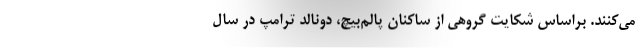
می‌کنند. براساس شکایت گروهی از ساکنان پالم‌بیچ، دونالد ترامپ در سال